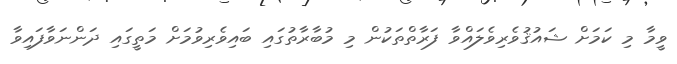
ވީމާ މި ކަމަށް ޝައުޤުވެރިވެލައްވާ ފަރާތްތަކުން މި މުބާރާތުގައި ބައިވެރިވުމަށް މަތީގައި ދަންނަވާފައިވާ